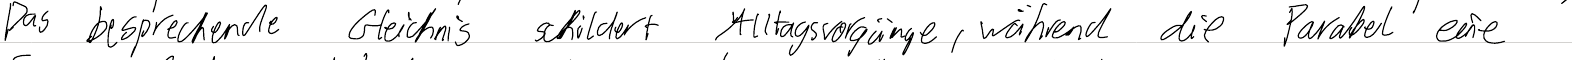
Das besprechende Gleichnis schildert Alltagsvorgänge, während die Parabel eine